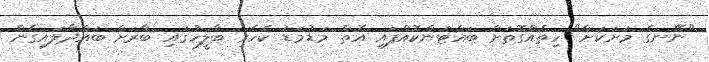
"ނޭނގެ މަށަކަށް" ހިތެއްގޮތަށް ބައްޓަންކޮއްފައި އޮތް މަޑުމަޑު ކެހެރި ބާލީހުގައި ބާރަށް ބައްދާލައިގެން